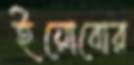
ইয়োবোর